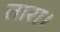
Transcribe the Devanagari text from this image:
तारा।